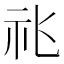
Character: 𥘍